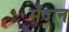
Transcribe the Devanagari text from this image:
मैंदान